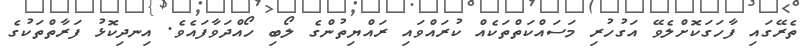
ތެރޭގައި ފާހަގަކޮށްލެވޭ އަގުހުރި މަސައްކަތްތަކެއް ކުރައްވައި ރައްޔިތުންގެ ލޯބި ހޯއްދަވާފައެވެ. އިނދިކޮޅު ފަރާތްތަކުގެ